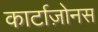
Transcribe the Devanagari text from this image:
कार्टाज़ोनस